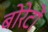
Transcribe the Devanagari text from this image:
बोरेटों